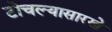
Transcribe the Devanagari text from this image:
टोचल्यासारखे